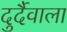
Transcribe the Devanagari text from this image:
दुर्दैवाला